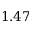
1 . 4 7